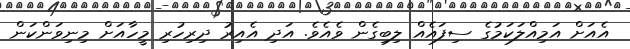
އެއަށް އަމިއްލަކަމުގެ ސިފައެއް ލިބިގެން ވެއެވެ. އަދި އެއިރު ދިރިހުރި މީހާއަށް މިނިވަންކަން